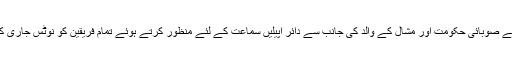
عدالت نے صوبائی حکومت اور مشال کے والد کی جانب سے دائر اپیلیں سماعت کے لئے منظور کرتے ہوئے تمام فریقین کو نوٹس جاری کردئیے۔